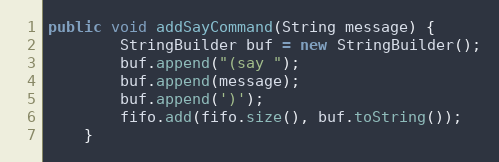
Language: Java
public void addSayCommand(String message) {
        StringBuilder buf = new StringBuilder();
        buf.append("(say ");
        buf.append(message);
        buf.append(')');
        fifo.add(fifo.size(), buf.toString());
    }